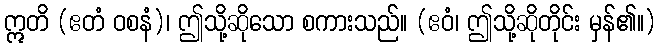
ဣတိ (ဧတံ ဝစနံ)၊ ဤသို့ဆိုသော စကားသည်။ (ဧဝံ၊ ဤသို့ဆိုတိုင်း မှန်၏။)